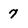
Character: 7